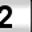
Digit: 2